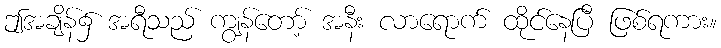
ဤအချိန်၌ အရီသည် ကျွန်တော့် အနီး လာရောက် ထိုင်နေပြီ ဖြစ်ရကား။